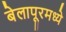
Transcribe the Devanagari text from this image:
बेलापूरमध्ये